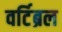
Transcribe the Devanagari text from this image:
वर्टिब्रल